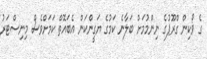
ގެ ވޯކިން ގްރޫޕުގެ ނިންމުމަށް ބަލާނެ ކަމުގެ ޔަގީންކަން އެބައޮތް ކަމަށްވެސް މިނިސްޓަރު